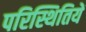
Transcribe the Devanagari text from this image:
परिस्थितियें